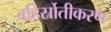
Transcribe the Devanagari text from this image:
बहिर्स्रोतीकरण